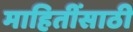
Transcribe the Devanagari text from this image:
माहितींसाठी